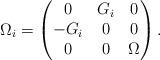
LaTeX: \begin{align*}\Omega_{i}=\begin{pmatrix}0 & G_{i} & 0\\-G_{i} & 0 & 0\\0 & 0 & \Omega\end{pmatrix}.\end{align*}